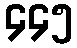
၄၄၅